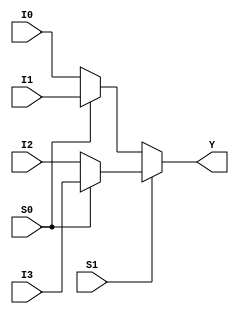
module mux_4to1(I0,I1,I2,I3,S0,S1,Y);

output [3:0] Y;
input [3:0] I0,I1,I2,I3;
input S0,S1;

assign Y=S1?(S0?I3:I2):(S0?I1:I0);

endmodule